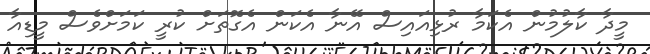
މީދާ ކާލުމުން އެކަމާ ރުޅިއައިސް އޭނާ އެކަން އެގޮތަށް ކުރީ ކަމަށްވެސް މީޑިއާ